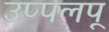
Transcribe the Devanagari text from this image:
उप्पलपू